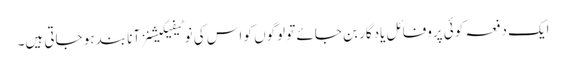
ایک دفعہ کوئی پروفائل یادگار بن جائے تو لوگوں کو اس کی نوٹیفیکیشنز آنا بند ہو جاتی ہیں۔